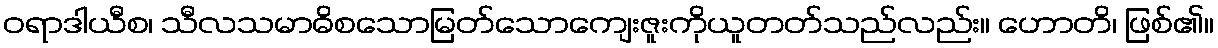
ဝရာဒါယီစ၊ သီလသမာဓိစသောမြတ်သောကျေးဇူးကိုယူတတ်သည်လည်း။ ဟောတိ၊ ဖြစ်၏။